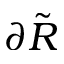
\partial \tilde { R }